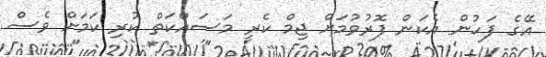
އޭގެ ފަހުން އެކަން ފޮރުވުމަށް ޖިމް ކެރީ މަސައްކަތް ކުރި ކަމަށް ވެސް